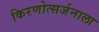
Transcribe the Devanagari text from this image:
किरणोत्सर्जनाला